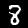
Label: 8